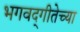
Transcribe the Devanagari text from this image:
भगवद्‌गीतेच्या